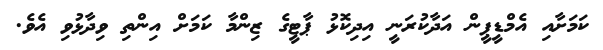
ކަމަށާއި އެމްޑީޕީން އަދާކުރަނީ އިދިކޮޅު ޕާޓީގެ ޒިންމާ ކަމަށް އިންތި ވިދާޅުވި އެވެ.